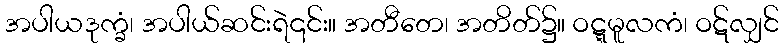
အပါယဒုက္ခံ၊ အပါယ်ဆင်းရဲ၎င်း။ အတီတေ၊ အတိတ်၌။ ဝဋ္ဋမူလကံ၊ ဝဋ်လျှင်